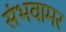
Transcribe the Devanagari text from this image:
संभवामर